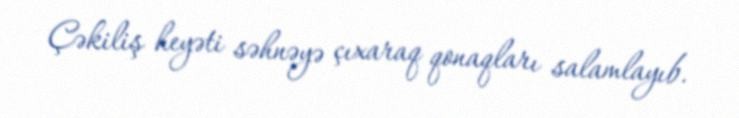
Çəkiliş heyəti səhnəyə çıxaraq qonaqları salamlayıb.